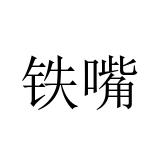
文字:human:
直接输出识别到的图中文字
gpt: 铁嘴